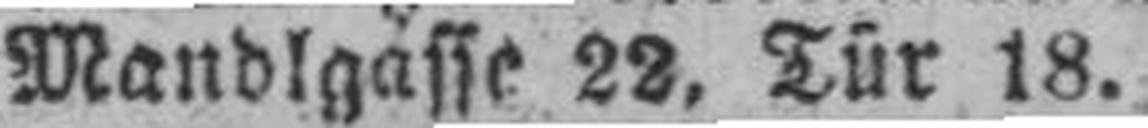
Mandlgasse 22, Tür 18.